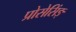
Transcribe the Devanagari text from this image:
प्रोसेसिंङ्